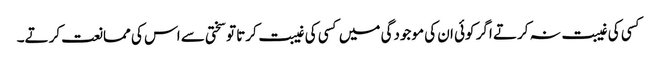
کسی کی غیبت نہ کرتے اگر کوئی ان کی موجودگی میں کسی کی غیبت کرتا تو سختی سے اس کی ممانعت کرتے۔